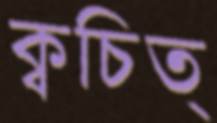
ক্বচিত্